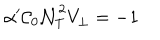
\alpha ^ { \prime } { \cal C } _ { 0 } { \cal N } _ { T } ^ { 2 } V _ { \bot } = - 1